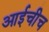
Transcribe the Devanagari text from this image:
आईचीच